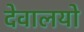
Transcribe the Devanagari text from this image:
देवालयो